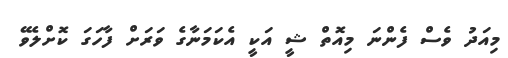
މިއަދު ވެސް ފެންނަ މިއޮތް ޝީ އަކީ އެކަމަނާގެ ވަރަށް ފާހަގަ ކޮށްލެވޭ